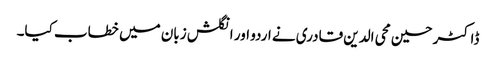
ڈاکٹر حسین محی الدین قادری نے اردو اور انگلش زبان میں خطاب کیا۔